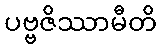
ပဗ္ဗဇိဿာမီတိ